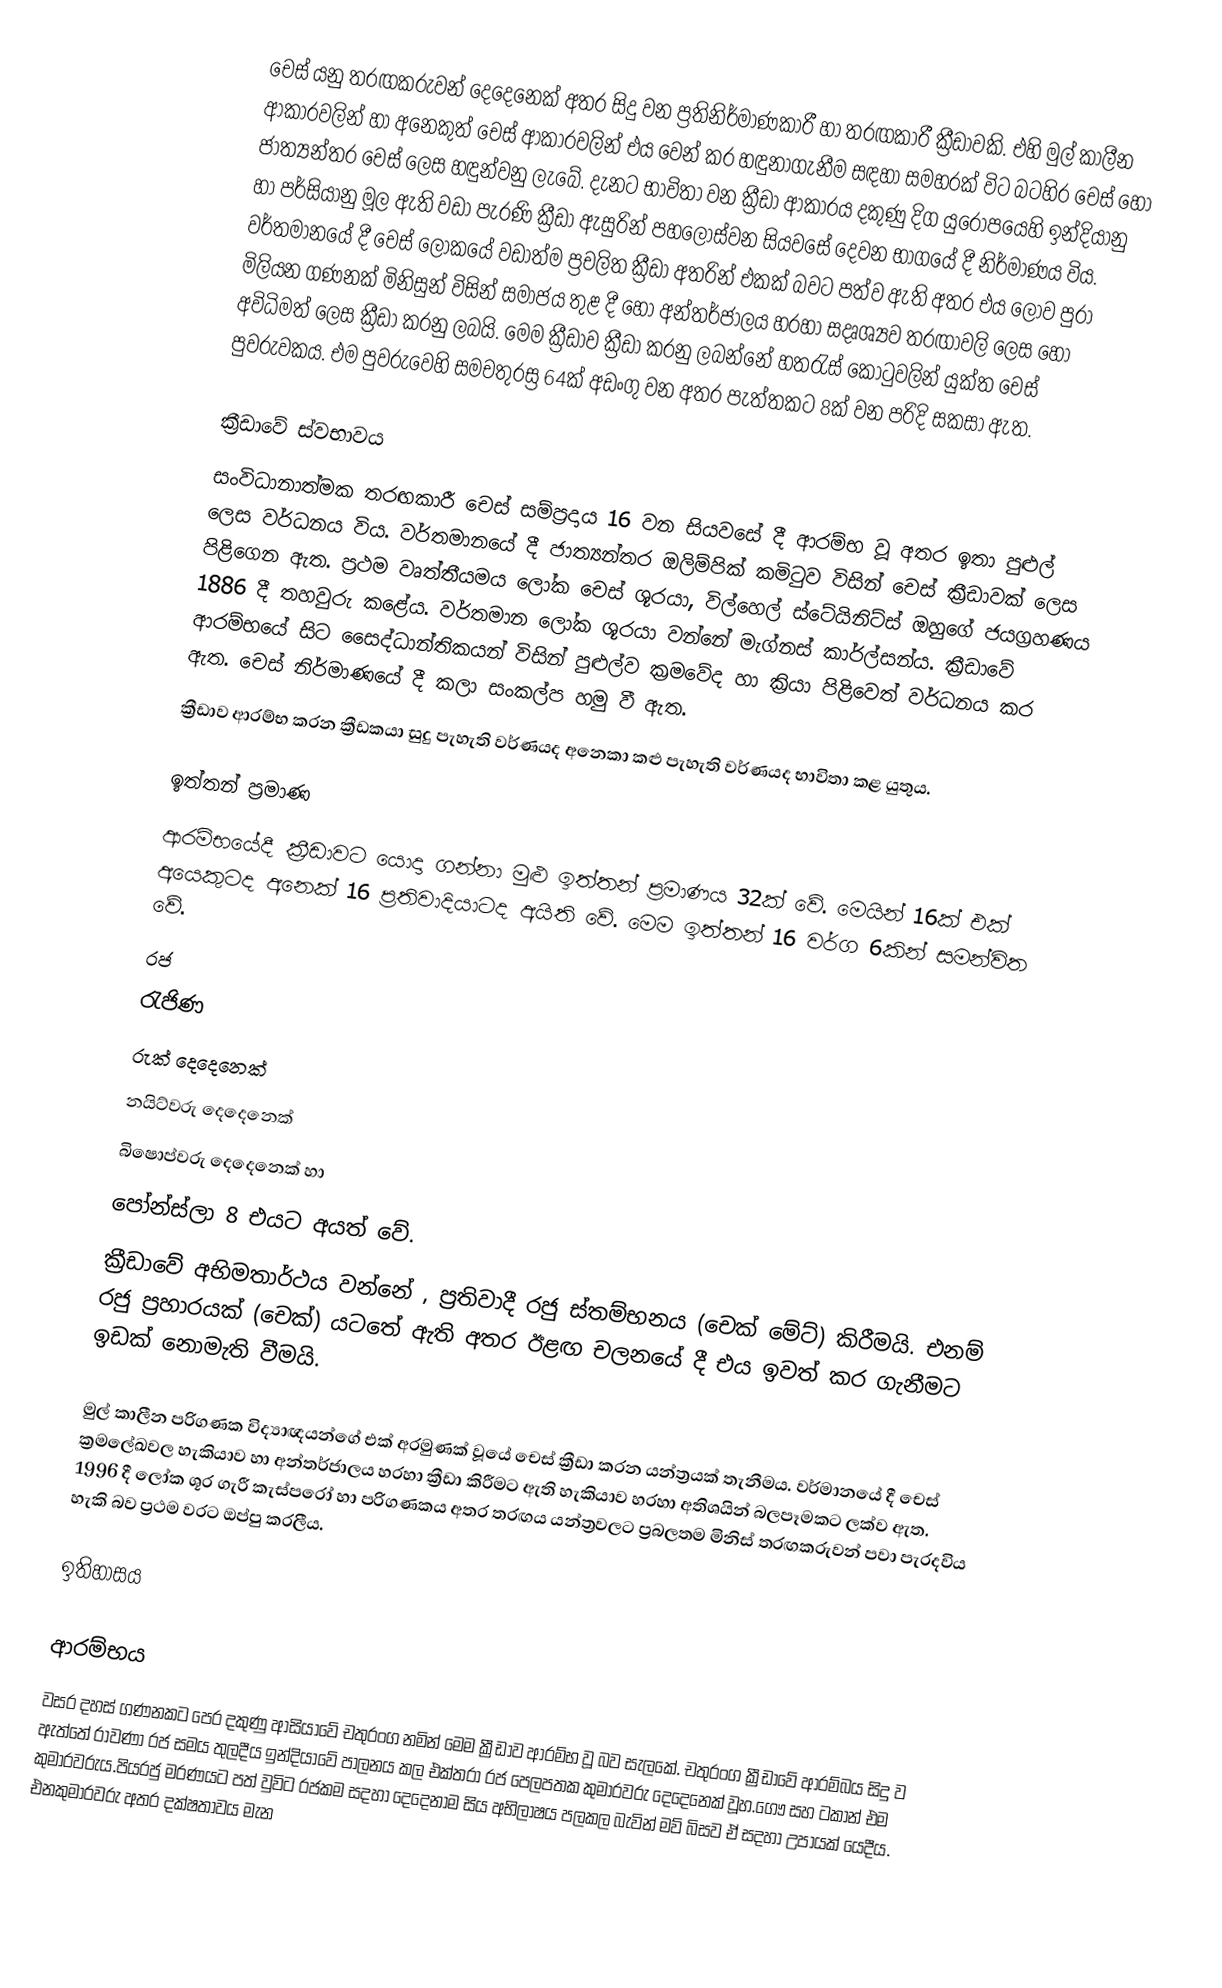
චෙස් යනු තරඟකරුවන් දෙ‍දෙනෙක් අතර සිදු වන ප්‍රතිනිර්මාණකාරී හා තරඟකාරී ක්‍රීඩාවකි. එහි මුල් කාලීන ආකාරවලින් හා අනෙකුත් චෙස් ආකාරවලින් එය වෙන් කර හඳුනාගැනීම සඳහා සමහරක් විට බටහිර චෙස් හෝ ජාත්‍යන්තර චෙස් ලෙස හඳුන්වනු ලැබේ. දැනට භාවිතා වන ක්‍රීඩා ආකාරය දකුණු දිග යුරෝපයෙහි ඉන්දියානු හා පර්සියානු මූල ඇති වඩා පැරණි ක්‍රීඩා ඇසුරින් පහලොස්වන සියවසේ දෙවන භාගයේ දී නිර්මාණය විය. වර්තමානයේ දී චෙස් ලෝකයේ වඩාත්ම ප්‍රචලිත ක්‍රීඩා අතරින් එකක් බවට පත්ව ඇති අතර එය ලොව පුරා මිලියන ගණනක් මිනිසුන් විසින් සමාජය තුළ දී හෝ අන්තර්ජාලය හරහා සදෘශ්‍යව තරඟාවලි ලෙස හෝ අවිධිමත් ලෙස ක්‍රීඩා කරනු ලබයි. මෙම ‍ක්‍රීඩාව ක්‍රීඩා කරනු ලබන්නේ හතරැස් කොටුවලින් යුක්ත චෙස් පුවරුවකය. එම පුවරුවෙහි සමචතුරස්‍ර 64ක් අඩංගු වන අතර පැත්තකට 8ක් වන පරිදි සකසා ඇත.

ක්‍රීඩාවේ ස්වභාවය
සංවිධානාත්මක තරඟකාරී චෙස් සම්ප්‍රදාය 16 වන සියවසේ දී ආරම්භ වූ අතර ඉතා පුළුල් ලෙස වර්ධනය විය. වර්තමානයේ දී ජාත්‍යන්තර ඔලිම්පික් කමිටුව විසින් චෙස් ක්‍රීඩාවක් ලෙස පිළිගෙන ඇත. ප්‍රථම වෘත්තීයමය ලෝක චෙස් ශූරයා, විල්හෙල් ස්ටේයිනිට්ස් ඔහුගේ ජයග්‍රහණය 1886 දී තහවුරු කළේය. වර්තමාන ලෝක ශූරයා වන්නේ මැග්නස් කාර්ල්සන්ය. ක්‍රීඩාවේ ආරම්භයේ සිට සෛද්ධාන්තිකයන් විසින් පුළුල්ව ක්‍රමවේද හා ක්‍රියා පිළිවෙත් වර්ධනය කර ඇත. චෙස් නිර්මාණයේ දී කලා සංකල්ප හමු වී ඇත.
ක්‍රීඩාව ආරම්භ කරන ක්‍රීඩකයා සුදු පැහැති වර්ණයද අනෙකා කළු පැහැති වර්ණයද භාවිතා කළ යුතුය.

ඉත්තන් ප්‍රමාණ
ආරම්භයේදී ක්‍රීඩාවට යොදා ගන්නා මුළු ඉත්තන් ප්‍රමාණය 32ක් වේ. මෙයින් 16ක් එක් අයෙකුටද අනෙක් 16 ප්‍රතිවාදියාටද අයිති වේ. මෙම ඉත්තන් 16 වර්ග 6කින් සමන්විත වේ.
 රජ
 රැජිණ
 රුක් දෙදෙනෙක්
 නයිට්වරු දෙදෙනෙක්
 බිෂොප්වරු දෙදෙනෙක් හා
 පෝන්ස්ලා 8 එයට අයත් වේ.
ක්‍රීඩාවේ අභිමතාර්ථය වන්නේ , ප්‍රතිවාදී රජු ස්තම්භනය (චෙක් මේට්) කිරීමයි. එනම් රජු ප්‍රහාරයක් (චෙක්) යටතේ ඇති අතර ඊළඟ චලනයේ දී එය ඉවත් කර ගැනීමට ඉඩක් නොමැති වීමයි.

මුල් කාලීන පරිගණක විද්‍යාඥයන්ගේ එක් අරමුණක් වූයේ චෙස් ක්‍රීඩා කරන යන්ත්‍රයක් තැනීමය. වර්මානයේ දී චෙස් ක්‍රමලේඛවල හැකියාව හා අන්තර්ජාලය හරහා ක්‍රීඩා කිරීමට ඇති හැකියාව හරහා අතිශයින් බලපෑමකට ලක්ව ඇත. 1996 දී ලෝක ශූර ගැරී කැස්පරෝ හා පරිගණකය අතර තරඟය යන්ත්‍රවලට ප්‍රබලතම මිනිස් තරඟකරුවන් පවා පැරදවිය හැකි බව ප්‍රථම වරට ඔප්පු කරලීය.

ඉතිහාසය

ආරම්භය
වසර දහස් ගණනකට පෙර දකුණු ආසියාවේ චතුරංග නමින් මෙම ක්‍රීඩාව ආරම්භ වූ බව සැලකේ. චතුරංග ක්‍රීඩාවේ ආරම්බය සිදු ව ඇත්තේ රාවණා රජ සමය තුලදීය  ඉන්දියාවේ පාලනය කල එක්තරා රජ පෙලපතක කුමාරවරු දෙදෙනෙක් වූහ.ගෞ සහ ටකාන් එම කුමාරවරුය.පියරජු මරණයට පත්  වුවිට රජකම සදහා දෙදෙනාම සිය අභිලාෂය පලකල බැවින් මව් බිසව ඒ සදහා උපායක් යෙදීය. එනකුමාරවරු අතර දක්ෂතාවය මැන